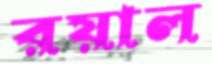
রয়াল